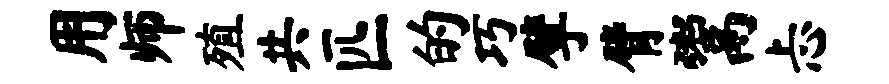
用师殖共匹的巧擘臂鬻忐